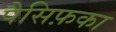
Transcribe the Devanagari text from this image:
पैसिफ़का